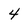
Character: 4